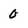
Character: 0